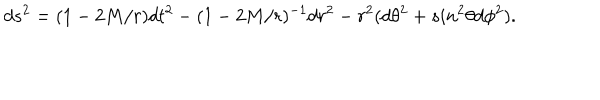
LaTeX: d s ^ { 2 } = ( 1 - 2 M / r ) d t ^ { 2 } - ( 1 - 2 M / r ) ^ { - 1 } d r ^ { 2 } - r ^ { 2 } ( d \theta ^ { 2 } + s i n ^ { 2 } \theta d \phi ^ { 2 } ) .